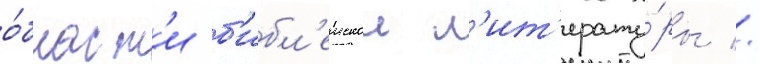
о́бласт'и б'ибл'еискои л'ит'ерату́ры //